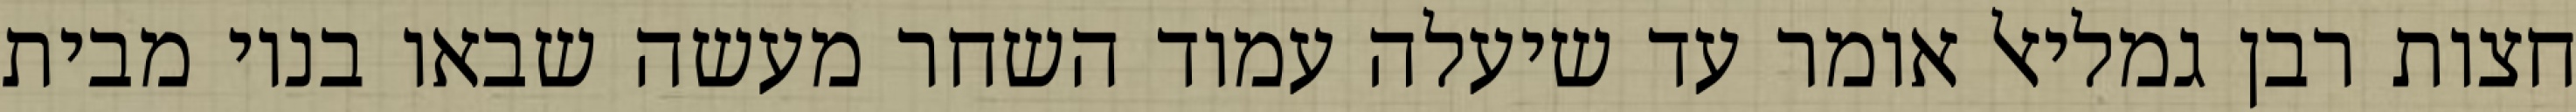
חצות רבן גמליאל אומר עד שיעלה עמוד השחר מעשה שבאו בניו מבית